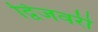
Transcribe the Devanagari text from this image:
द्विजवरी